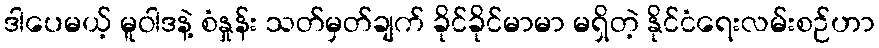
ဒါပေမယ့် မူဝါဒနဲ့ စံနှုန်း သတ်မှတ်ချက် ခိုင်ခိုင်မာမာ မရှိတဲ့ နိုင်ငံရေးလမ်းစဉ်ဟာ